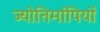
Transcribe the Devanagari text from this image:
ज्योतिर्मापियों